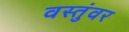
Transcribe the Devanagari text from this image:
वस्तुंवर